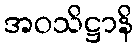
အဝသိဋ္ဌာနိ